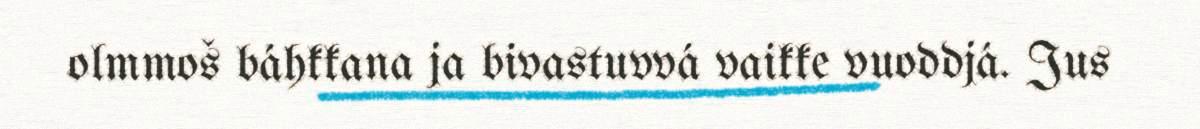
olmmoš báhkkana ja bivastuvvá vaikke vuoddjá. Jus